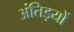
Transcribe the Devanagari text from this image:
अंतिड़यों